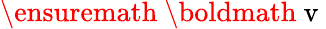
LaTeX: \ensuremath{\mathrm{~\boldmath~v~}}